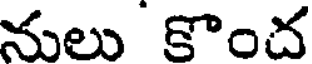
నులు కొంచ